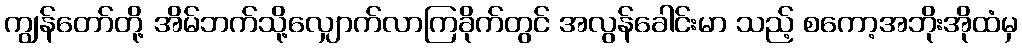
ကျွန်တော်တို့ အိမ်ဘက်သို့လျှောက်လာကြခိုက်တွင် အလွန်ခေါင်းမာ သည့် စကော့အဘိုးအိုထံမှ